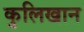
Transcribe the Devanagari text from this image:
कुलिखान